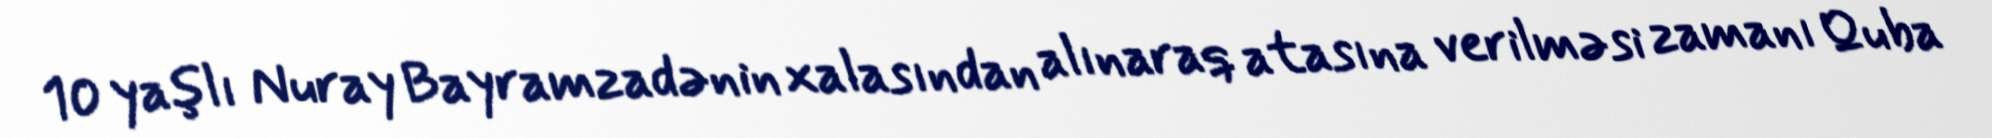
10 yaşlı Nuray Bayramzadənin xalasından alınaraq atasına verilməsi zamanı Quba